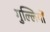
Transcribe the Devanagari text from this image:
गुल्लियों